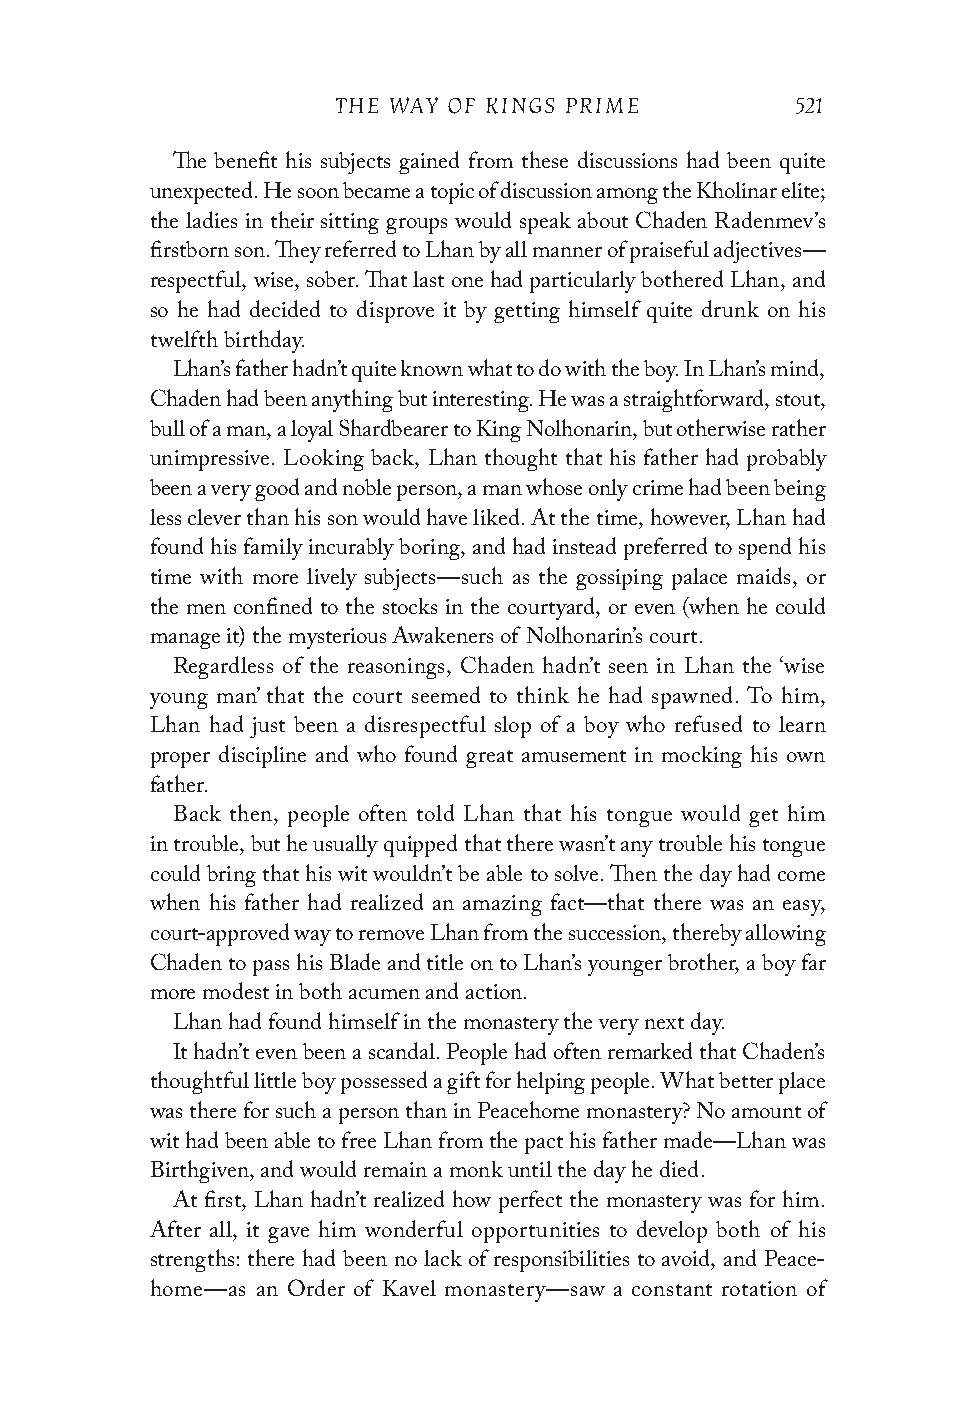
THE WAY OF KINGS PRIME         521
 The benefit his subjects gained from these discussions had been quite
 unexpected. He soon became a topic of discussion among the Kholinar elite;
 the ladies in their sitting groups would speak about Chaden Radenmev’s
 firstborn son. They referred to Lhan by all manner of praiseful adjectives—
 respectful, wise, sober. That last one had particularly bothered Lhan, and
 so he had decided to disprove it by getting himself quite drunk on his
 twelfth birthday.
 Lhan’s father hadn’t quite known what to do with the boy. In Lhan’s mind,
 Chaden had been anything but interesting. He was a straightforward, stout,
 bull of a man, a loyal Shardbearer to King Nolhonarin, but otherwise rather
 unimpressive. Looking back, Lhan thought that his father had probably
 been a very good and noble person, a man whose only crime had been being
 less clever than his son would have liked. At the time, however, Lhan had
 found his family incurably boring, and had instead preferred to spend his
 time with more lively subjects—such as the gossiping palace maids, or
 the men confined to the stocks in the courtyard, or even (when he could
 manage it) the mysterious Awakeners of Nolhonarin’s court.
 Regardless of the reasonings, Chaden hadn’t seen in Lhan the ‘wise
 young man’ that the court seemed to think he had spawned. To him,
 Lhan had just been a disrespectful slop of a boy who refused to learn
 proper discipline and who found great amusement in mocking his own
 father.
 Back then, people often told Lhan that his tongue would get him
 in trouble, but he usually quipped that there wasn’t any trouble his tongue
 could bring that his wit wouldn’t be able to solve. Then the day had come
 when his father had realized an amazing fact—that there was an easy,
 court-approved way to remove Lhan from the succession, thereby allowing
 Chaden to pass his Blade and title on to Lhan’s younger brother, a boy far
 more modest in both acumen and action.
 Lhan had found himself in the monastery the very next day.
 It hadn’t even been a scandal. People had often remarked that Chaden’s
 thoughtful little boy possessed a gift for helping people. What better place
 was there for such a person than in Peacehome monastery? No amount of
 wit had been able to free Lhan from the pact his father made—Lhan was
 Birthgiven, and would remain a monk until the day he died.
 At first, Lhan hadn’t realized how perfect the monastery was for him.
 After all, it gave him wonderful opportunities to develop both of his
 strengths: there had been no lack of responsibilities to avoid, and Peace-
 home—as an Order of Kavel monastery—saw a constant rotation of